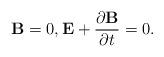
LaTeX: \begin{align*}\mathbf{B}=0,\mathbf{E}+\frac{\partial \mathbf{B}}{\partial t}=0. \end{align*}